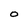
Character: O